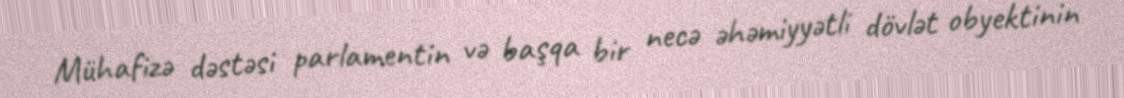
Mühafizə dəstəsi parlamentin və başqa bir necə əhəmiyyətli dövlət obyektinin